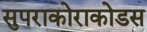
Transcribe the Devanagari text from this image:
सुपराकोराकोडस